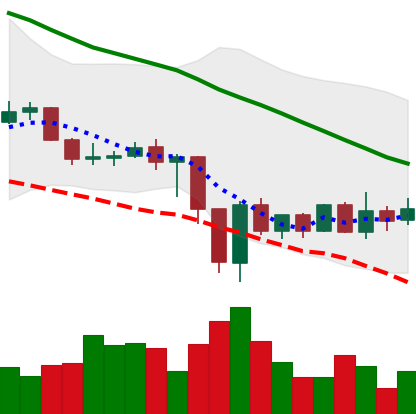
Ticker: ADA-USD
Chart end date: 2019-12-26
Forward return: -4.189%
Label: down_3_5